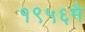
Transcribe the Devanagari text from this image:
१९५६मै